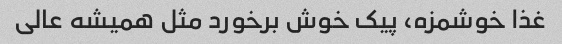
غذا خوشمزه، پیک خوش برخورد مثل همیشه عالی